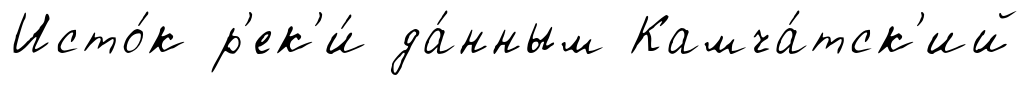
Исто́к р'ек'и́ да́нным Камча́тск'ий